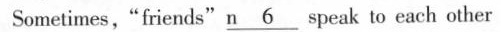
Sometimes,"friends"" \underline6 peak to each other